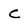
Character: C